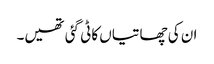
ان کی چھاتیاں کاٹی گئی تھیں۔